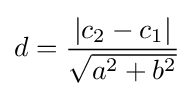
d={\frac {|c_{2}-c_{1}|}{\sqrt {a^{2}+b^{2}}}}